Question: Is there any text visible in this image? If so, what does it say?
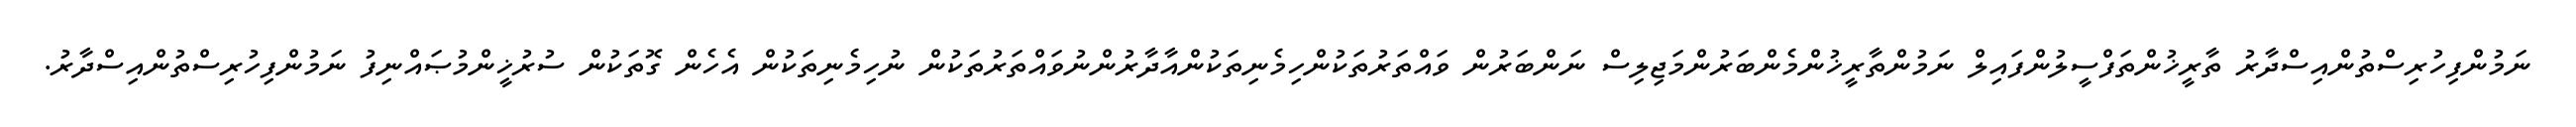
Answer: ނަމުންފިހުރިސްތުންއިސްދާރު ތާރީޚުންތަފްސީލުންފައިލް ނަމުންތާރީޚުންމެންބަރުންމަޖިލިސް ނަންބަރުން ވައްތަރުތަކުންހިމެނިތަކުންއާދާރުންނުވައްތަރުތަކުން ނުހިމެނިތަކުން އެހެން ގޮތަކުން ސުރުޚީންމުޞައްނިފު ނަމުންފިހުރިސްތުންއިސްދާރު.